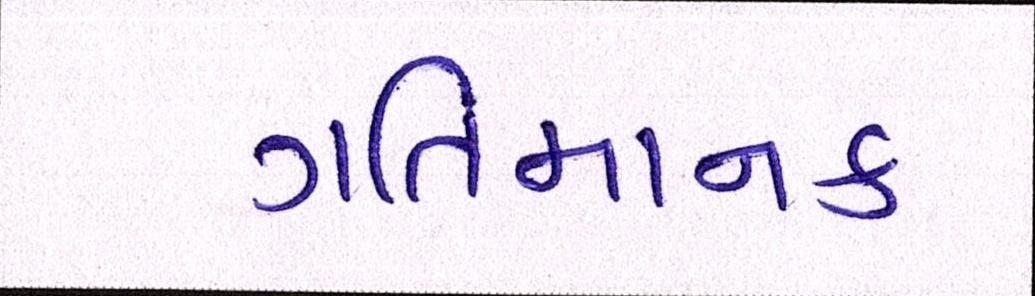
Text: ગતિમાનક